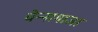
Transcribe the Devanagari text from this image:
चेन्‍नागाजा